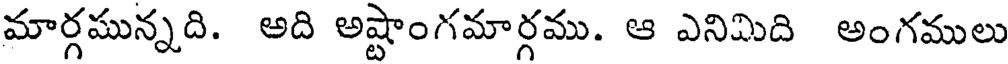
మార్గమున్నది. అది అష్టాంగమార్గము. ఆ ఎనిమిది అంగములు